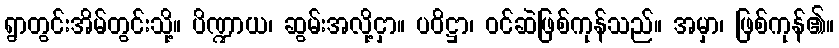
ရွာတွင်းအိမ်တွင်းသို့။ ပိဏ္ဍာယ၊ ဆွမ်းအလို့ငှာ။ ပဝိဋ္ဌာ၊ ဝင်ဆဲဖြစ်ကုန်သည်။ အမှာ၊ ဖြစ်ကုန်၏။